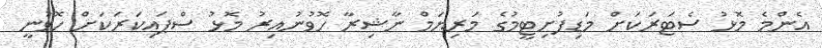
އެންމެ މޮޅު ސެޓަރަކަށް މަޑިފުށިޓީމުގެ މަރިޔަމް ނާޝިރާ ހޮވުނުއިރު މޮޅު ސްޕައިކަރަކަށް ހޮވުނީ